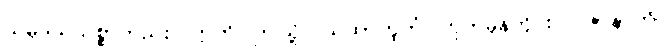
သမုဒယသစ္စာတည်း။ ဣတိ၊ ဤသို့။ ယထာဘူတံ၊ ဟုတ်မှန်တိုင်း။ ပဇာနာတိ၊